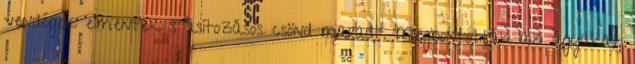
vendégek elmentek s ásítozásos csönd maradt. Megbontották az ágyakat